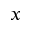
x